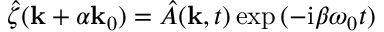
\hat { \zeta } ( \mathbf { k } + \alpha \mathbf { k } _ { 0 } ) = \hat { A } ( \mathbf { k } , t ) \exp { ( - \mathrm { i } \beta \omega _ { 0 } t ) }